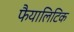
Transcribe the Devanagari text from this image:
फैयालिटिक